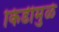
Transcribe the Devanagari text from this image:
किडीमुळे